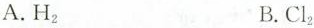
A.H_{2} B.Cl_{2}